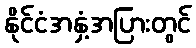
နိုင်ငံအနှံ့အပြားတွင်